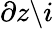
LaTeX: \partial z\backslash i